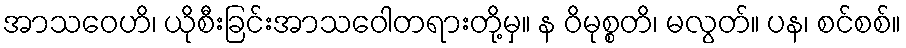
အာသဝေဟိ၊ ယိုစီးခြင်းအာသဝေါတရားတို့မှ။ န ဝိမုစ္စတိ၊ မလွတ်။ ပန၊ စင်စစ်။